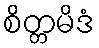
စိတ္တမိဒံ